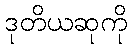
ဒုတိယဆုကို